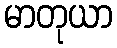
မာတုယာ